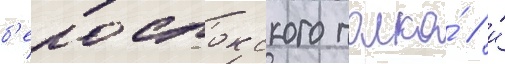
б'елостокского полка́ / и́